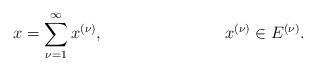
LaTeX: \begin{align*}x = \sum_{\nu=1}^{\infty}{x^{(\nu)}}, && x^{(\nu)} \in E^{(\nu)}.\end{align*}